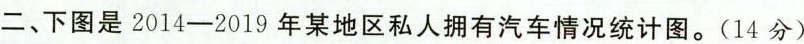
二、下图是2014-2019年某地区私人拥有汽车情况统计图。(14分)